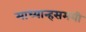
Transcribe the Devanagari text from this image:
माध्यान्हसमयी